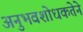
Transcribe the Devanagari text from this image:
अनुभवशोधकतेने